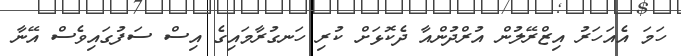
ހަމަ އެއަހަރު އިޒްރޭލުން އުރްދުންއާ ދެކޮޅަށް ކުރި ހަނގުރާމައިގެ އިސް ސަފުގައިވެސް އޭނާ